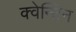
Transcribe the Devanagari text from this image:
क्वेन्टिन